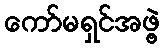
ကော်မရှင်အဖွဲ့